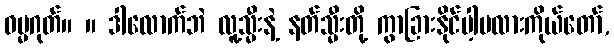
ဓမ္မဂုတ်။ ။ ဒါလောက်ဘဲ လူ့သ္မီးနဲ့ နတ်သ္မီးတို့ ကွာခြားနိုင်ပါ့မလားကိုယ်တော်,